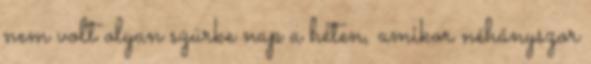
nem volt olyan szürke nap a héten, amikor néhányszor